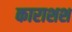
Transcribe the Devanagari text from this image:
काराशश